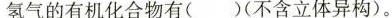
氢气的有机化合物有()(不含立体异构)。